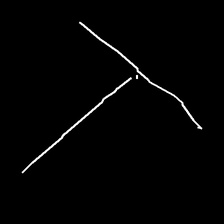
Glyph: column